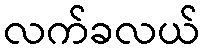
လက်ခလယ်